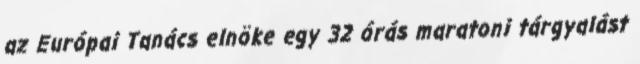
az Európai Tanács elnöke egy 32 órás maratoni tárgyalást